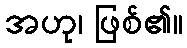
အဟု၊ ဖြစ်၏။